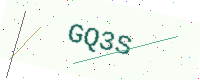
Text: GQ3S